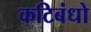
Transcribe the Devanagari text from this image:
कटिबंधो